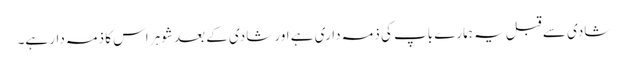
شادی سے قبل یہ ہمارے باپ کی ذمہ داری ہے اور شادی کے بعد شوہر اس کا ذمہ دار ہے۔